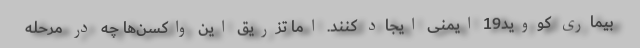
بیماری کووید19 ایمنی ایجاد کنند. اما تزریق این واکسن‌ها چه در مرحله